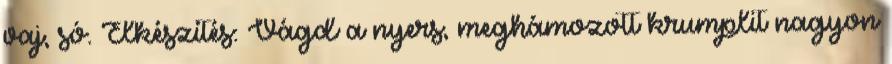
vaj, só. Elkészítés: Vágd a nyers, meghámozott krumplit nagyon